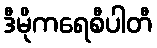
ဒီမိုကရေစီပါတီ